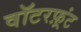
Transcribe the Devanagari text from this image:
वॉटरफ़्रंट